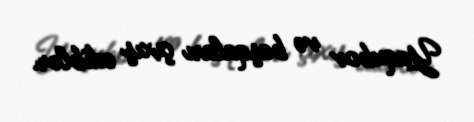
Yaqubov və başqaları çıxış ediblər.